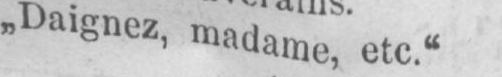
„Daignez, madame, etc.“